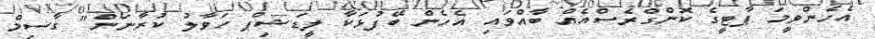
އެހެންވީމަ ޕާޓީގެ ކޮންގްރެސްއެއް ބާއްވައި އެހެން ބޭފުޅަކާ ލީޑަޝިޕް ހަވާލު ކުރާނަން" ގާސިމް